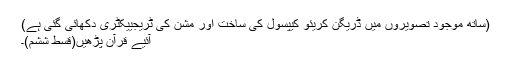
(ساتھ موجود تصویروں میں ڈریگن کریئو کیپسول کی ساخت اور مشن کی ٹریجییکٹری دکھائی گئی ہے)
آئیے قرآن پڑھیں(قسط ششم)۔